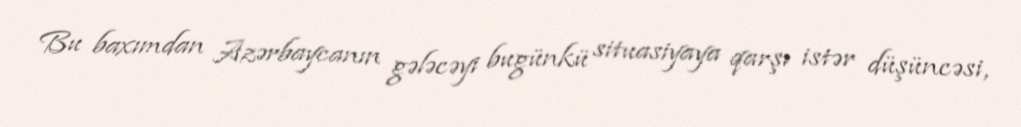
Bu baxımdan Azərbaycanın gələcəyi bugünkü situasiyaya qarşı istər düşüncəsi,